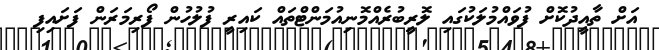
އަށް ތާއީދުކޮށް ފުވައްމުލަކުގައި ލޮރީބުރެއްމޮނިއުމަންޓްތައް ކައިރީ ފުލުހުން ފޯރިމަރަން ފަށައިފި